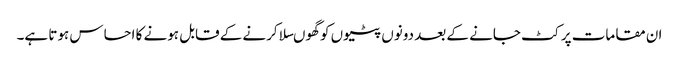
ان مقامات پر کٹ جانے کے بعد دونوں پٹیوں کو گھوںسلا کرنے کے قابل ہونے کا احساس ہوتا ہے۔